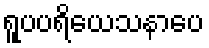
ရူပပရိယေသနာပေ